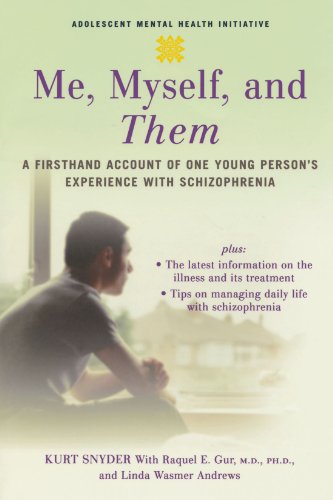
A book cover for Me, Myself, and Them: A Firsthand Account of One Young Person's Experience with Schizophrenia (Adolescent Mental Health Initiative); Kurt Snyder; Health, Fitness & Dieting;